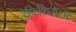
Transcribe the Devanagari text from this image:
डेफिशियेंसी